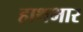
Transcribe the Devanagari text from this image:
हाथभार